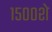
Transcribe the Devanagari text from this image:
१५००शे